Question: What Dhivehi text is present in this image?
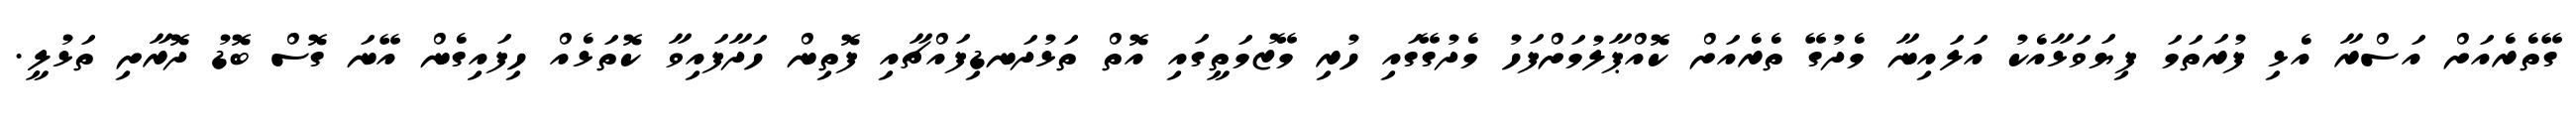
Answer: ގޭތެރެއަށް އަސްރާ އެޅި ފުރަތަމަ ފިޔަވަޅާއެކު އަލައިނާ މެދުގޭ ތެރެއަށް ކޮއްޕާލުމަށްފަހު މެދުގޭގައި ހުރި މޭޒުމަތީގައި އޮތް ތަޅުދަނޑިފައްޗާއި ފޮތިން ހަދާފައިވާ ކޮތަޅެއް ހިފައިގެން އޭނަ ގޮސް ބޮޑު ދޮރާށި ތަޅުލީ.